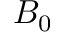
B _ { 0 }